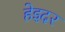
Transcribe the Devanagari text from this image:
हेइदर